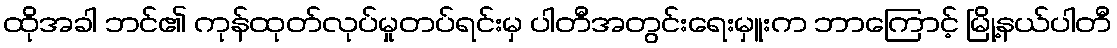
ထိုအခါ ဘင်၏ ကုန်ထုတ်လုပ်မှုတပ်ရင်းမှ ပါတီအတွင်းရေးမှူးက ဘာကြောင့် မြို့နယ်ပါတီ